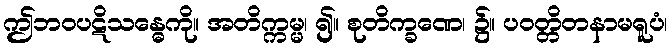
ဤဘဝပဋိသန္ဓေကို။ အတိက္ကမ္မ၊ ၍။ စုတိက္ခဏေ၊ ၌။ ပဝတ္တိတနာမရူပံ၊